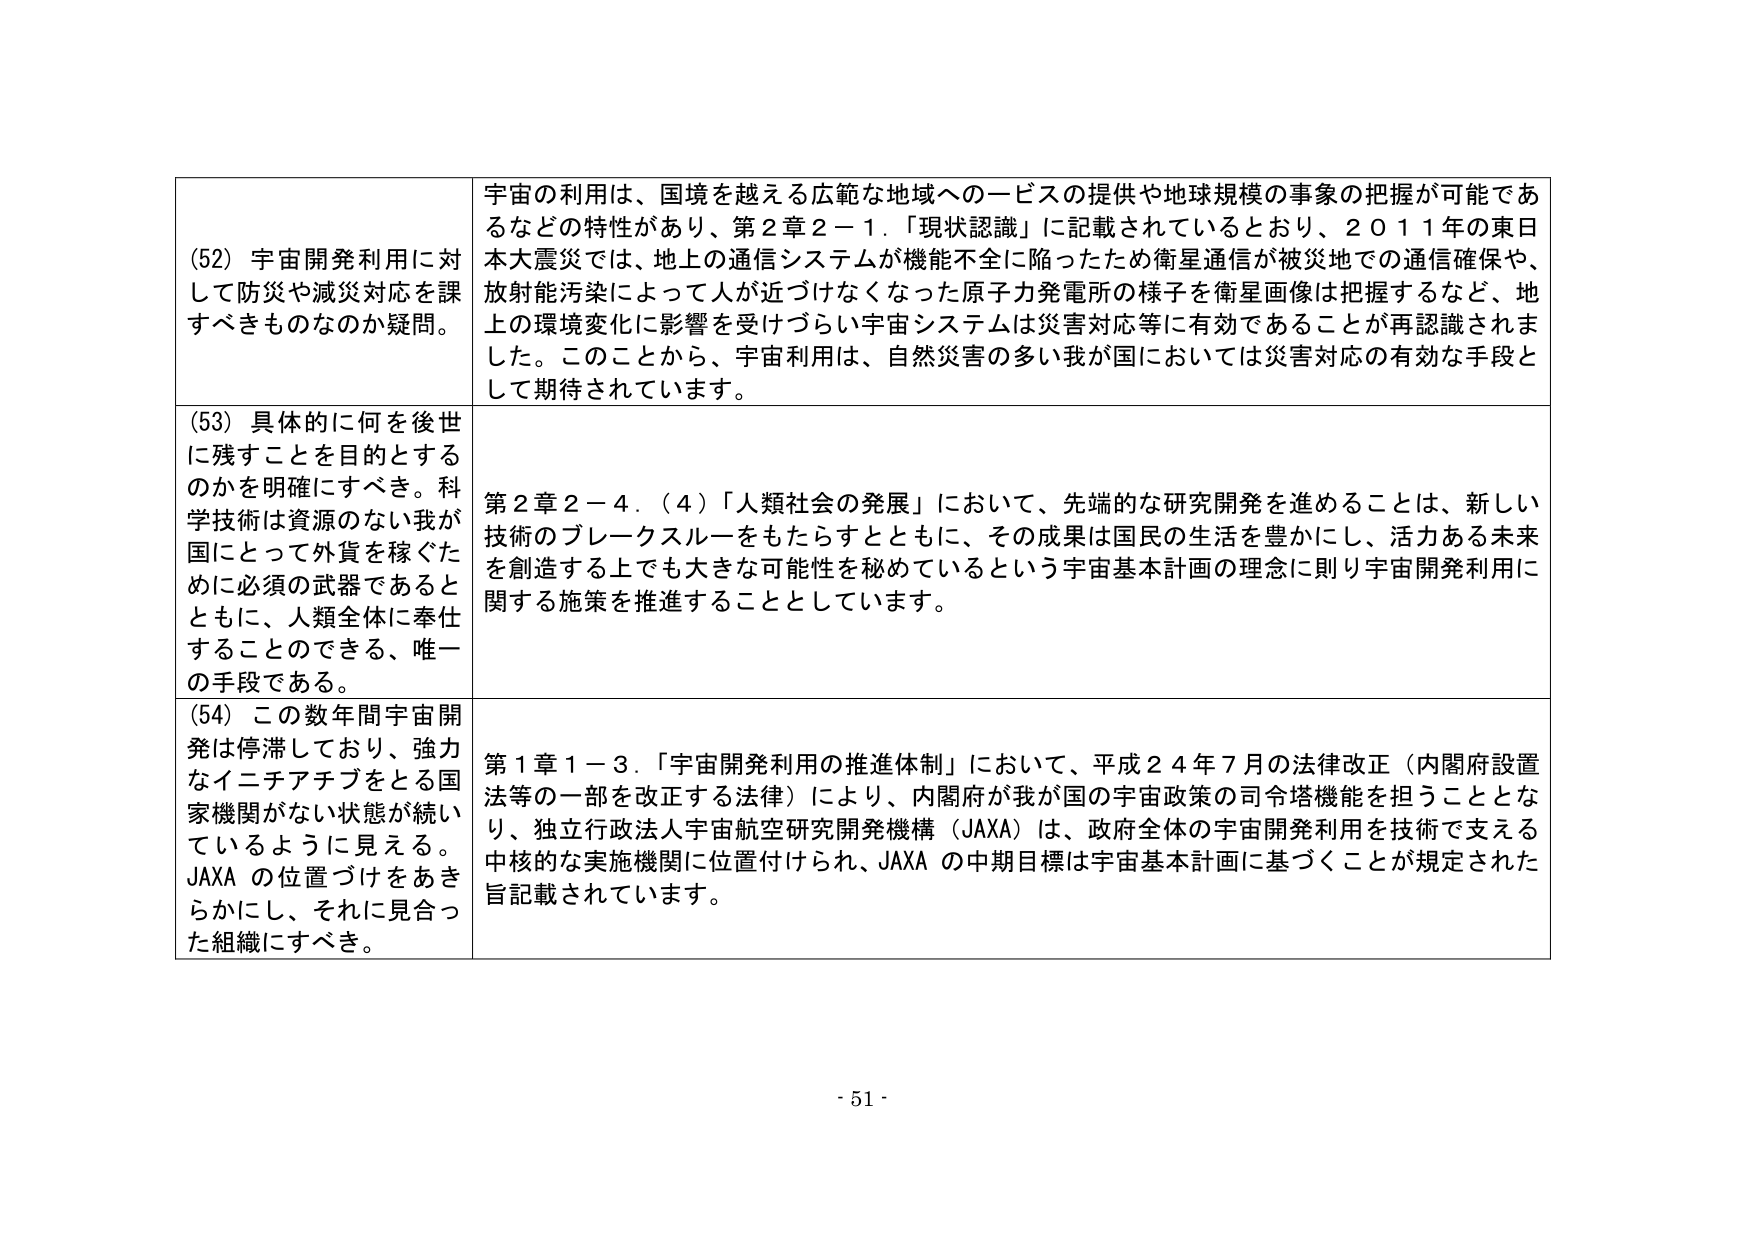
(52) 宇宙開発利用に対して防災や減災対応を課すべきものなのか疑問。

宇宙の利用は、国境を越える広範な地域へのサービスの提供や地球規模の事象の把握が可能であるなどの特性があり、第2章2－1．「現状認識」に記載されているとおり、2011年の東日本大震災では、地上の通信システムが機能不全に陥ったため衛星通信が被災地での通信確保や、放射能汚染によって人が近づけなくなった原子力発電所の様子を衛星画像は把握するなど、地上の環境変化に影響を受けづらい宇宙システムは災害対応等に有効であることが再認識されました。このことから、宇宙利用は、自然災害の多い我が国においては災害対応の有効な手段として期待されています。

(53) 具体的に何を後世に残すことを目的とするのかを明確にすべき。科学技術は資源のない我が国にとって外貨を稼ぐために必須の武器であるとともに、人類全体に奉仕することのできる、唯一の手段である。

第2章2－4．(4)「人類社会の発展」において、先端的な研究開発を進めることは、新しい技術のブレークスルーをもたらすとともに、その成果は国民の生活を豊かにし、活力ある未来を創造する上でも大きな可能性を秘めているという宇宙基本計画の理念に則り宇宙開発利用に関する施策を推進することとしています。

(54) この数年間宇宙開発は停滞しており、強力なイニチアチブをとる国家機関がない状態が続いているように見える。JAXAの位置づけをあきらかにし、それに見合った組織にすべき。

第1章1－3．「宇宙開発利用の推進体制」において、平成24年7月の法律改正（内閣府設置法等の一部を改正する法律）により、内閣府が我が国の宇宙政策の司令塔機能を担うこととなり、独立行政法人宇宙航空研究開発機構（JAXA）は、政府全体の宇宙開発利用を技術で支える中核的な実施機関に位置付けられ、JAXAの中期目標は宇宙基本計画に基づくことが規定された旨記載されています。

- 51 -